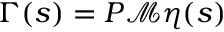
\Gamma ( s ) = P \mathcal M \eta ( s )